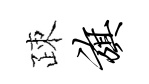
疎旗